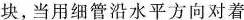
块，当用细管沿水平方向对着